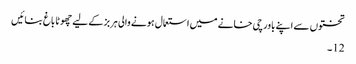
تختوں سے اپنے باورچی خانے میں استعمال ہونے والی ہربز کے لیے چھوٹا باغ بنائیں
12۔